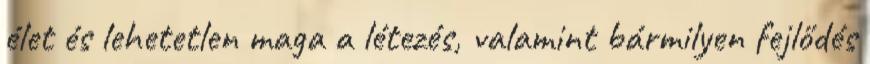
élet és lehetetlen maga a létezés, valamint bármilyen fejlődés